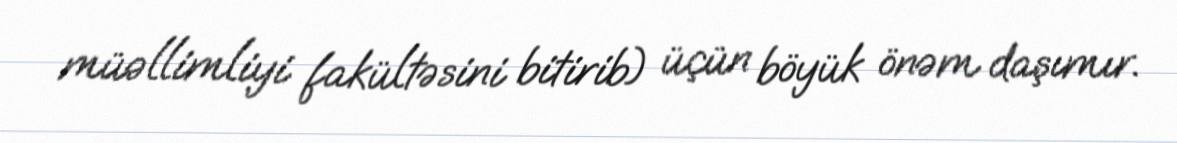
müəllimliyi fakültəsini bitirib) üçün böyük önəm daşımır.